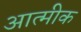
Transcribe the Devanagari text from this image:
आत्मीक